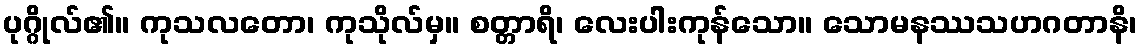
ပုဂ္ဂိုလ်၏။ ကုသလတော၊ ကုသိုလ်မှ။ စတ္တာရိ၊ လေးပါးကုန်သော။ သောမနဿသဟဂတာနိ၊